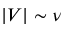
| V | \sim \nu